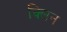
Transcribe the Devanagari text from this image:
क्‍लिन